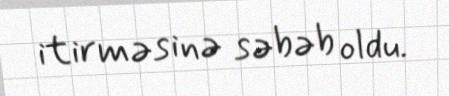
itirməsinə səbəb oldu.